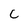
Character: C